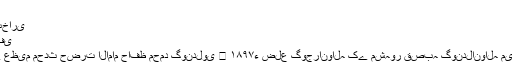
ا)
درس صحیح بخاری
منیر احمد سلفی
دورِ حاضر کے عظیم محدث حضرت الامام حافظ محمد گوندلوی ﷫ ​۱۸۹۷ء ضلع گوجرانوالہ کے مشہور قصبہ گوندلانوالہ میں پیدا ہوئے۔